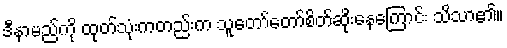
ဒီနာမည်ကို ထုတ်သုံးကတည်းက သူတော်တော်စိတ်ဆိုးနေကြောင်း သိသာ၏။